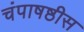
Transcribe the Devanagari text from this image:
चंपाषष्ठीस